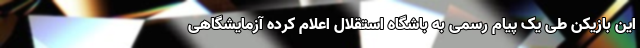
این بازیکن طی یک پیام رسمی به باشگاه استقلال اعلام کرده آزمایشگاهی